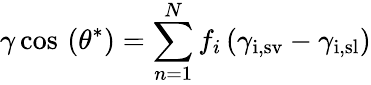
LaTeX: \gamma\cos\, \left(\theta^{*}\right)=\sum_{n=1}^{N}f_{i}\left(\gamma_{\mathrm{i,sv}}-\gamma_{\mathrm{i,sl}}\right)